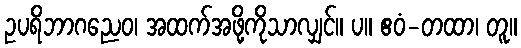
ဥပရိဘာဂညေဝ၊ အထက်အဖို့ကိုသာလျှင်။ ပ။ ဧဝံ-တထာ၊ တူ။